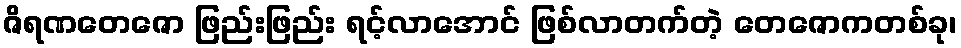
ဇိရဏတေဇော ဖြည်းဖြည်း ရင့်လာအောင် ဖြစ်လာတက်တဲ့ တေဇောကတစ်ခု၊